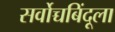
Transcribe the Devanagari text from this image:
सर्वोच्चबिंदूला